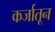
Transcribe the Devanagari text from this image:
कर्जातून